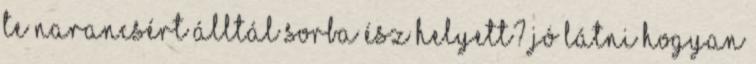
Te narancsért álltál sorba ész helyett? Jó látni hogyan